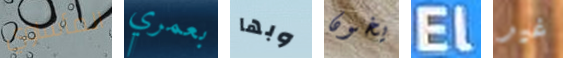
المأساوي بعمري وبها يخون El غير